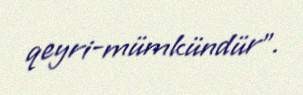
qeyri-mümkündür”.